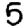
Digit: 5